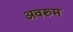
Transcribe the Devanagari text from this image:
अवरुम